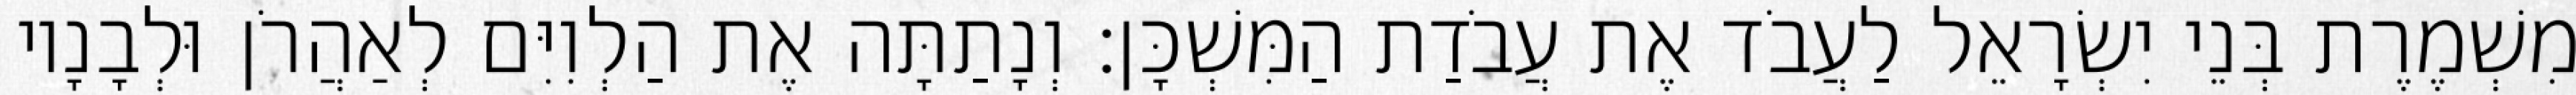
מִשְׁמֶרֶת בְּנֵי יִשְׂרָאֵל לַעֲבֹד אֶת עֲבֹדַת הַמִּשְׁכָּן׃ וְנָתַתָּה אֶת הַלְוִיִּם לְאַהֲרֹן וּלְבָנָיו